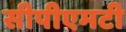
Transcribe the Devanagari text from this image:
सीपीएमटी